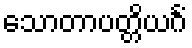
သောတာပတ္တိယင်္ဂံ